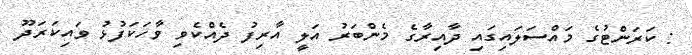
: ކަރަންޓުގެ މައްސަލައިގައި ދާއިރާގެ މެންބަރު އަލީ އާރިފު ދެއްކެވި ވާހަކަފުޅު ވައިކަރަދޫ